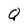
Character: Q